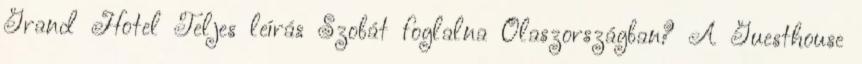
Grand Hotel Teljes leírás Szobát foglalna Olaszországban? A Guesthouse